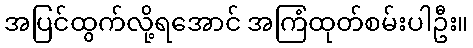
အပြင်ထွက်လို့ရအောင် အကြံထုတ်စမ်းပါဦး။